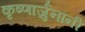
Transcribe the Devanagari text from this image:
कृष्णार्जुनांनी